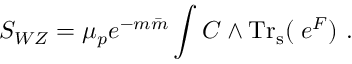
S _ { W Z } = { \mu _ { p } e ^ { - m { \bar { m } } } } \int { \cal C } \wedge \mathrm { T r _ { s } } ( \; e ^ { { \cal F } } ) \ .